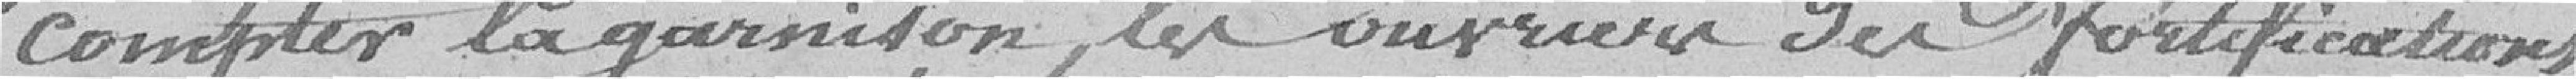
compter la garnison, les ouvriers des fortifications